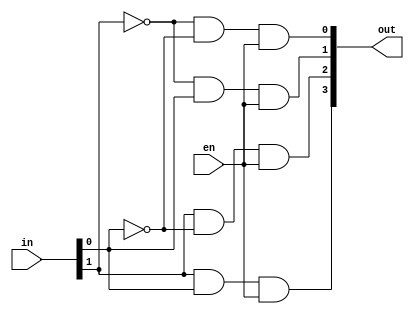
`timescale 1ns / 1ps
//////////////////////////////////////////////////////////////////////////////////
// Company: 
// Engineer: 
// 
// Design Name: 
// Module Name: DECO
// Project Name: 
// Target Devices: 
// Tool Versions: 
// Description: 
// 
// Dependencies: 
// 
// Revision:
// Revision 0.01 - File Created
// Additional Comments:
// 
//////////////////////////////////////////////////////////////////////////////////
module DECO(
    input [1:0]in,
    input en,                       // Enable Input
 
    output [3:0]out
    );
 
 wire in0_neg, in1_neg;
 //wire en1;
 
 not(in0_neg, in[0]);
 not(in1_neg, in[1]);
 
 
 and(out[0],in1_neg,in0_neg,en);
 and(out[1],in1_neg,in[0],en);  
 and(out[2],in[1],in0_neg,en);  
 and(out[3],in[1],in[0],en); 
   
   
endmodule